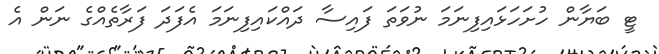
ޓީ ބަޔާން ހުށަހަޅައިފިނަމަ ނުވަތަ ފައިސާ ދައްކައިފިނަމަ އެފަދަ ފަރާތެއްގެ ނަން އެ